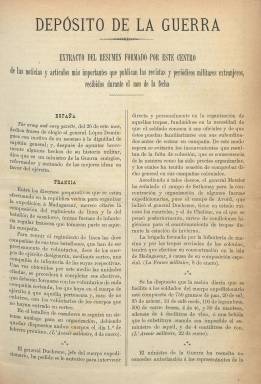
Título: Extracto del resumen formado por este centro, de las noticias y artículos más importantes que publican las revistas y periódicos militares extranjeros ...
Colección: Fuerzas armadas
Ámbito geográfico: Madrid
Lugar de publicación: Madrid
Fechas: 01/10/1894-31/12/1901